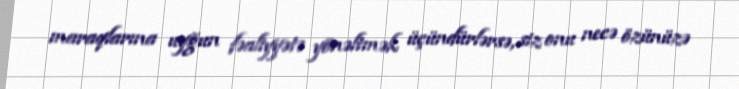
maraqlarına uyğun fəaliyyətə yönəltmək üçündürlərsə, siz onu necə özünüzə